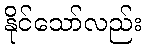
နိုင်သော်လည်း